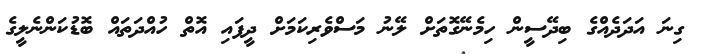
ގިނަ އަދަދެއްގެ ބިދޭސީން ހިމެނޭގޮތަށް ލޭނު މަސްވެރިކަމަށް ދީފައި އޮތް ހުއްދަތައް ބޮޑުކަންނެލީގެ